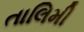
તાલિમી